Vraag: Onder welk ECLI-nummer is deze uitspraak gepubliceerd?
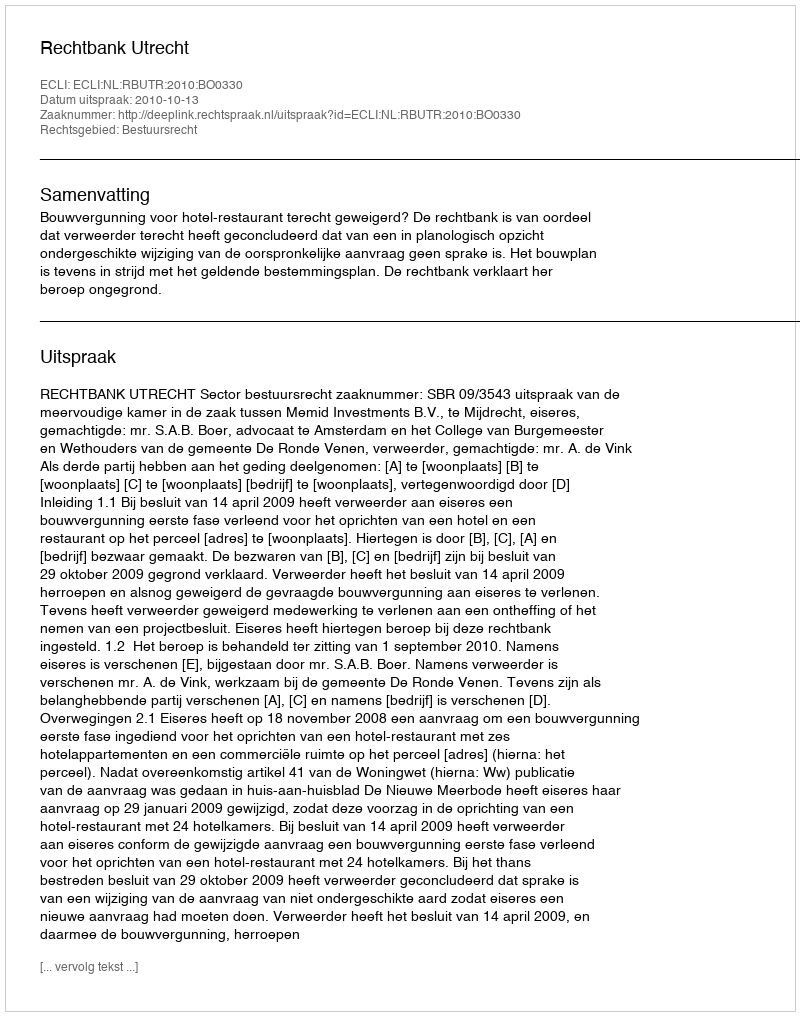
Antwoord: ECLI:NL:RBUTR:2010:BO0330